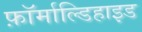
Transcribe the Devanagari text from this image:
फ़ॉर्माल्डिहाइड